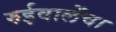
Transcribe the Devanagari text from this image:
रुईवालेंचा